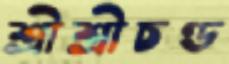
শ্রীশ্রীচণ্ড